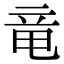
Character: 竜